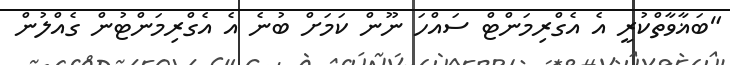
"ބަޣާވާތްކުރީ އެ އެގްރިމަންޓް ސައްހަ ނޫން ކަމަށް ބުނެ އެ އެގްރިމަންޓުން ގެއްލުން